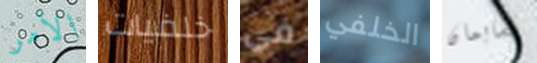
الأمر خلفيات في الخلفي تشابمان